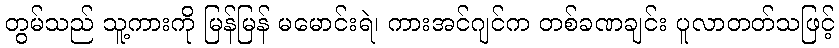
တွမ်သည် သူ့ကားကို မြန်မြန် မမောင်းရဲ၊ ကားအင်ဂျင်က တစ်ခဏချင်း ပူလာတတ်သဖြင့်